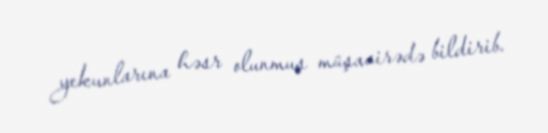
yekunlarına həsr olunmuş müşavirədə bildirib.